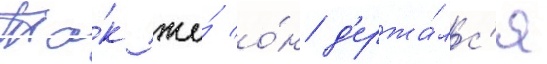
Та́к же́ о́н д'ержа́лс'я